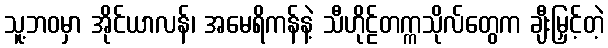
သူ့ဘဝမှာ အိုင်ယာလန်၊ အမေရိကန်နဲ့ သီဟိုဠ်တက္ကသိုလ်တွေက ချီးမြှင့်တဲ့